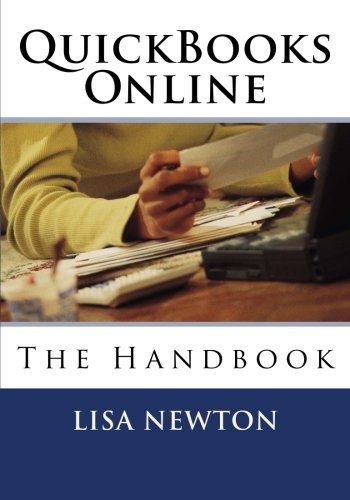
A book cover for QuickBooks Online: The Handbook; Lisa Newton; Computers & Technology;